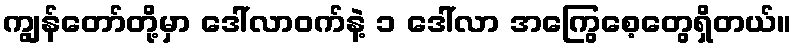
ကျွန်တော်တို့မှာ ဒေါ်လာဝက်နဲ့ ၁ ဒေါ်လာ အကြွေစေ့တွေရှိတယ်။